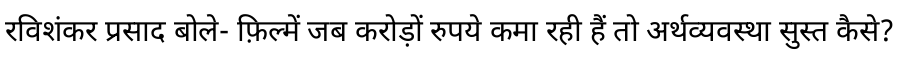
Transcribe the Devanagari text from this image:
रविशंकर प्रसाद बोले- फ़िल्में जब करोड़ों रुपये कमा रही हैं तो अर्थव्यवस्था सुस्त कैसे?